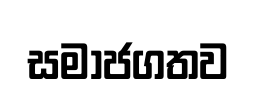
සමාජගතව